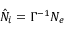
\hat { N } _ { i } = \Gamma ^ { - 1 } N _ { e }